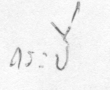
กระบี่